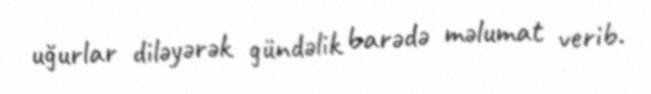
uğurlar diləyərək gündəlik barədə məlumat verib.